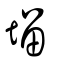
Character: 塯